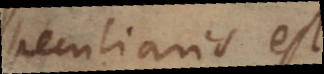
peculiaris est,